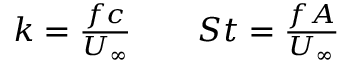
\begin{array} { r } { k = \frac { f c } { U _ { \infty } } \qquad S t = \frac { f A } { U _ { \infty } } } \end{array}